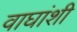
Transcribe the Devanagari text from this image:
वाघांशी